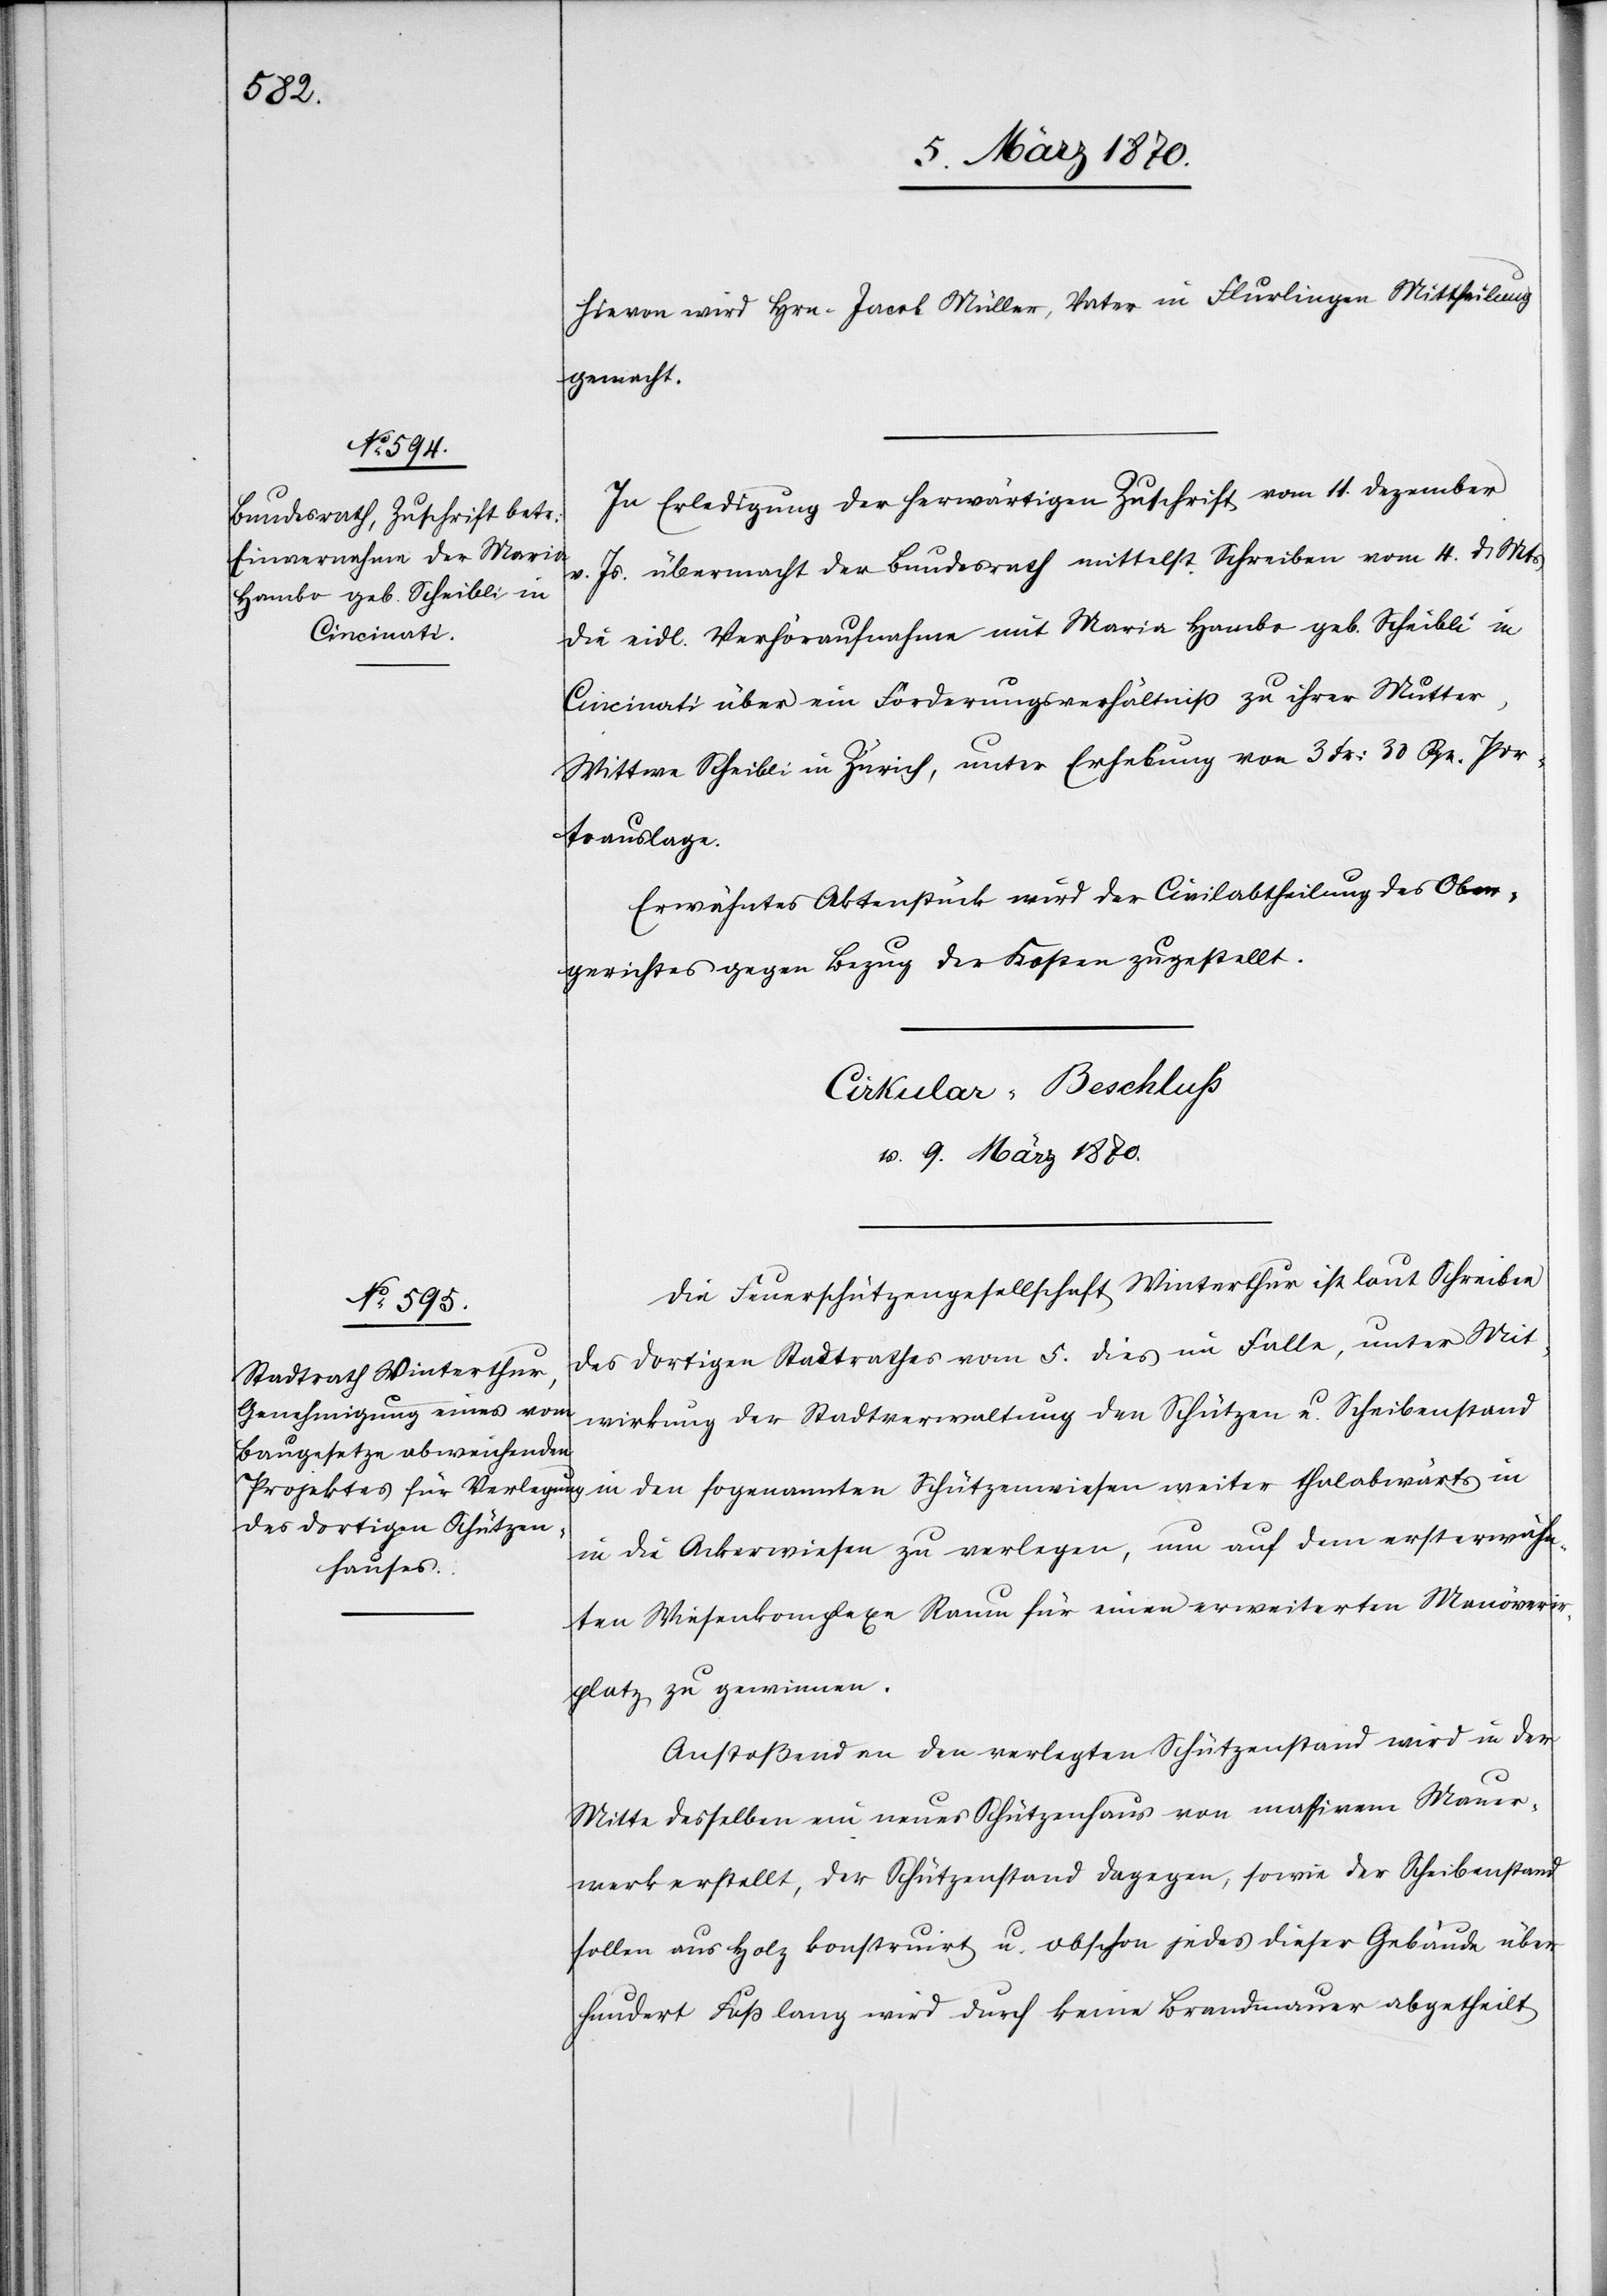
Hievon wird Hrn. Jacob Müller, Vater in Flurlingen Mittheilung
gemacht.
In Erledigung der herwärtigen Zuschrift vom 11. Dezember
v. Js. übermacht der Bundesrath mittelst Schreiben vom 4. d. Mts
die eidl. Verhöraufnahme mit Maria Hambo geb. Scheibli in
Cincinati über ein Forderungsverhältniß zu ihrer Mutter,
Wittwe Scheibli in Zürich, unter Erhebung von 3 Fr: 30 Rp. Por¬
toauslage.
Erwähntes Aktenstück wird der Civilabtheilung des Ober¬
gerichtes gegen Bezug der Kosten zugestellt.
Cirkular-Beschluß
v. 9. März 1870.
Die Feuerschützengesellschaft Winterthur ist laut Schreiben
des dortigen Stadtrathes vom 5. dies im Falle, unter Mit¬
wirkung der Stadtverwaltung den Schützen u. Scheibenstand
in den sogenannten Schützenwiesen weiter thalabwärts in
die Ackerwiesen zu verlegen, um auf dem ersterwähn¬
ten Wiesenkomplexe Raum für einen erweiterten Manöveri¬
rplatz zu gewinnen.
Anstoßend an den verlegten Schützenstand wird in der
Mitte desselben ein neues Schützenhaus von massivem Mauer¬
werk erstellt, der Schützenstand dagegen, sowie der Scheibenstand
sollen aus Holz konstruirt u. obschon jedes dieser Gebäude über
hundert Fuß lang wird durch keine Brandmauer abgetheilt